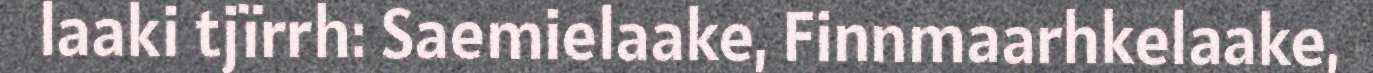
laaki tjïrrh: Saemielaake, Finnmaarhkelaake,